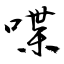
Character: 喋